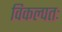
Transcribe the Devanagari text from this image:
विकल्पतः